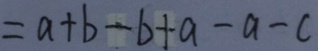
= a + b - b + a - a - c